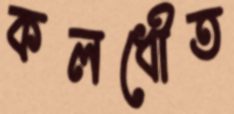
কলধৌত